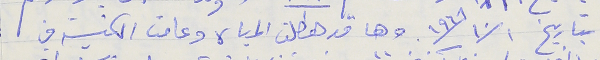
بتاريخ ١٩٦٨/١٠/١. وها قد هطلت المياه وعامت الكنيسة في